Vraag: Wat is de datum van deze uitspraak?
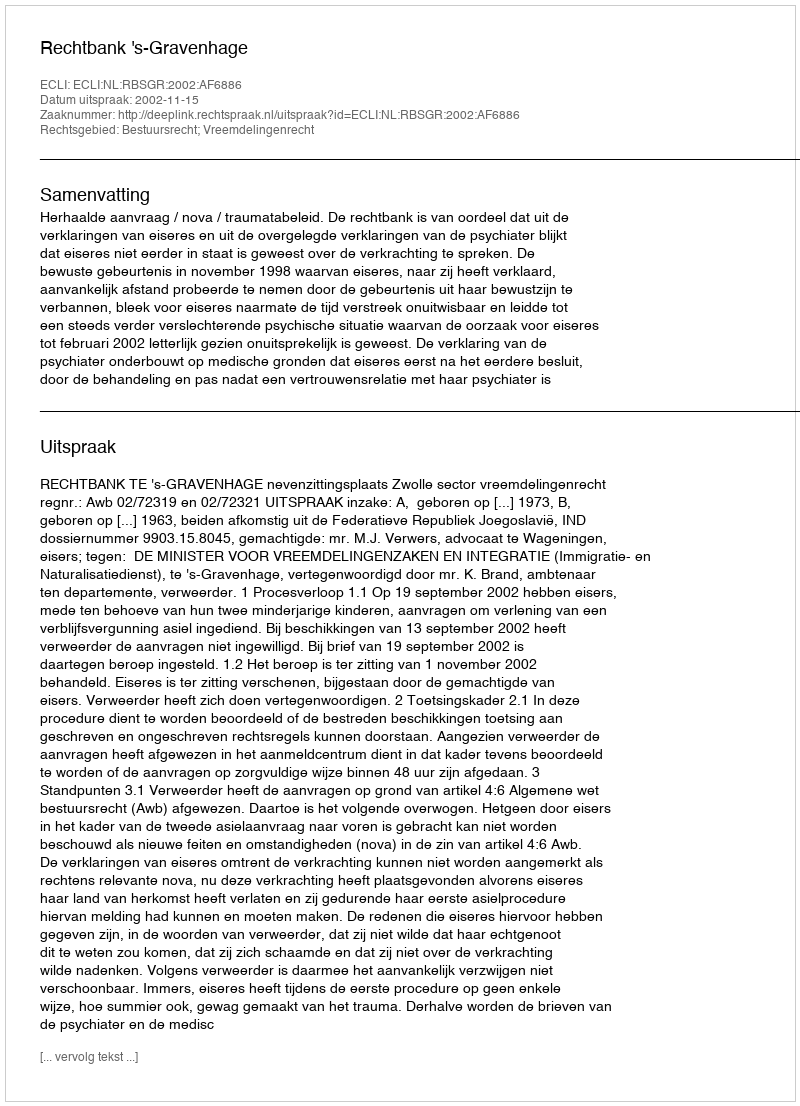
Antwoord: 2002-11-15